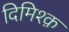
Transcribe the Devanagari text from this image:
दिमिश्क़